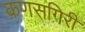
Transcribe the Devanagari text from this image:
कणसगिरी